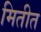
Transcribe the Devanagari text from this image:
मितीत